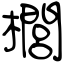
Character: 櫚